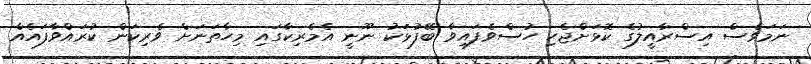
ނަމަވެސް އިސްރާއީލުގެ ކޮޅަށްޖެހި ހުސްވެފައިވާ ބޭފުޅަކު ނޫނީ އެމެރިކާގައި މިހާތަނަށް ވެރިކަން ކުރައްވާފައެއް